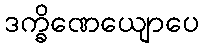
ဒက္ခိဏေယျောပေ